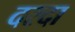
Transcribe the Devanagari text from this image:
दरदा